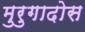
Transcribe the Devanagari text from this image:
मुरुगादोस